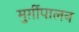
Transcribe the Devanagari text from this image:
मुर्ग़ीपालन